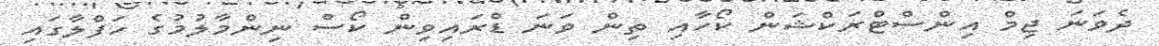
ދެވަނަ ޖިމް އިންސްޓްރަކްޝަން ކޯހާއި ތިން ވަނަ ޑްރައިވިން ކޯސް ނިންމާލުމުގެ ހަފްލާގައި